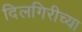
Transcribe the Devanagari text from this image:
दिलगिरीच्या